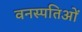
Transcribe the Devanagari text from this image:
वनस्पतिओं